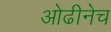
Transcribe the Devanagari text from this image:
ओढीनेच